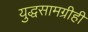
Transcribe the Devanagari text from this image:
युद्धसामग्रीही